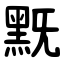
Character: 黖